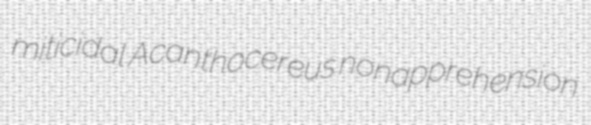
miticidal Acanthocereus nonapprehension